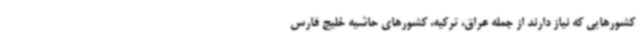
کشورهایی که نیاز دارند از جمله عراق، ترکیه، کشورهای حاشیه خلیج فارس